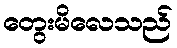
တွေးမိလေသည်